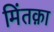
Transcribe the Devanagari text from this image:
मिंतक़ा